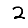
Digit: 2